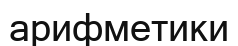
арифметики